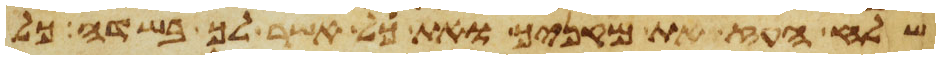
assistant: שלח העז את מקניך ואת כל אשר לך בשדה כל